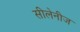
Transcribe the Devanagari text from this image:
सीलेनीज